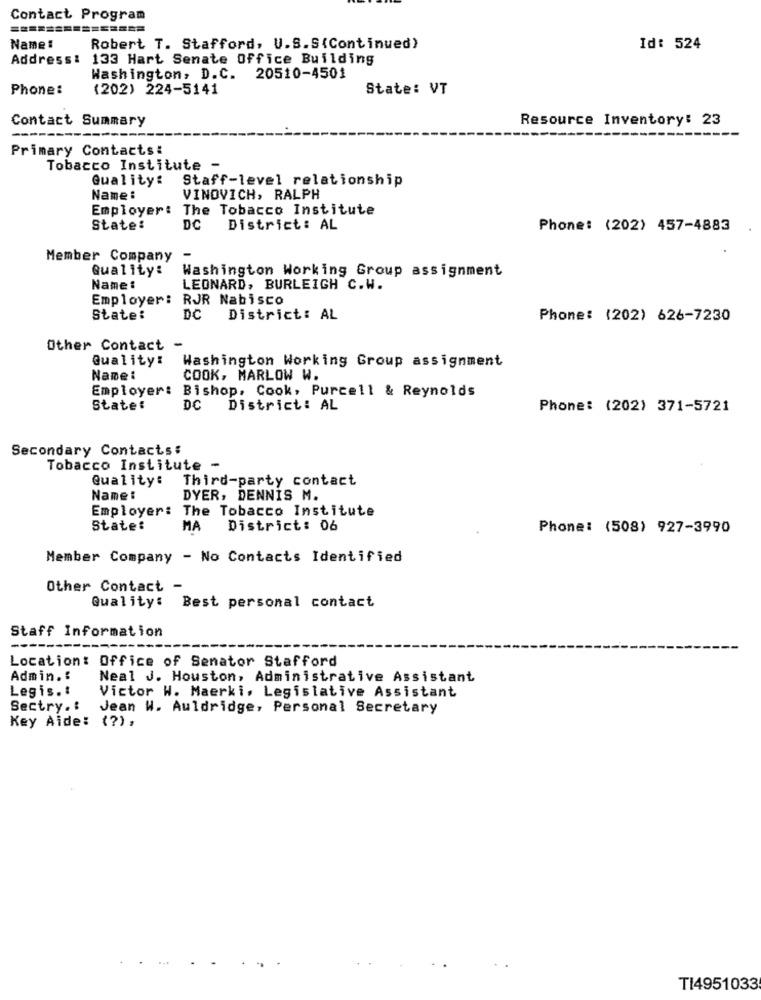
Contact Program
Name :
Robert T. Stafford, U.S.S(Continued)
Id: 524
Address: 133 Hart Senate Office Building
Washington, D.C. 20510-4501
Phone:
(202) 224-5141
State: VT
Contact Summary
Resource Inventory: 23
Primary Contacts:
Tobacco Institute -
Quality:
Staff-level relationship
Name :
VINOVICH, RALPH
Employer: The Tobacco Institute
State:
DC
District: AL
Phone: (202) 457-4883
Member Company
-
Quality:
Washington Working Group assignment
Name :
LEONARD, BURLEIGH C.W.
Employer:
RJR Nabisco
State:
DC
District: AL
Phone: (202) 626-7230
Other Contact -
Quality:
Washington Working Group assignment
Name :
COOK, MARLOW W.
Employer:
Bishop, Cook, Purcell & Reynolds
State:
DC
District: AL
Phone: (202) 371-5721
Secondary Contacts:
Tobacco Institute -
Quality: Third-party contact
Name:
DYER, DENNIS M.
Employer: The Tobacco Institute
State:
MA
District: 06
Phone: (508) 927-3990
Member Company - No Contacts Identified
Other Contact -
Quality:
Best personal contact
Staff Information
Location: Office of Senator Stafford
Admin .:
Neal J. Houston, Administrative Assistant
Legis .:
Victor W. Maerki, Legislative Assistant
Sectry .:
Jean W. Auldridge, Personal Secretary
Key Aide: (?),
.....
TI4951033